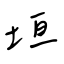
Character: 垣